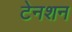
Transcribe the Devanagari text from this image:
टेनशन